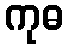
ကုဓ